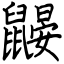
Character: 鼹